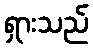
ရှားသည်